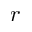
r